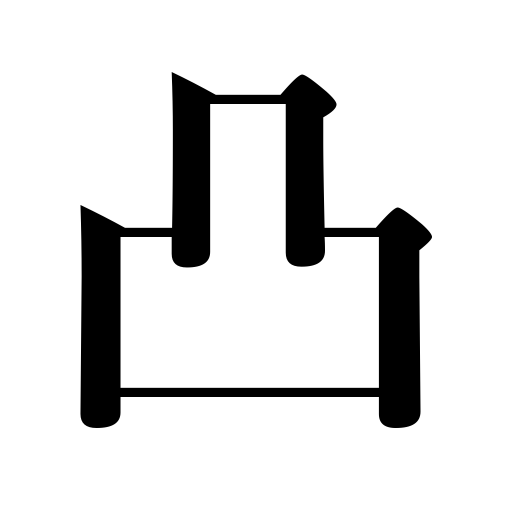
Meanings: projecting,beetle brow